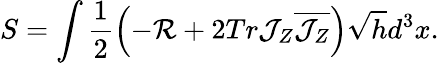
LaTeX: S=\int\frac{1}{2}\left(-{\cal R}+2Tr{\cal J}_{Z}\overline{{{{\cal J}_{Z}}}}\right)\sqrt{h}d^{3}x.